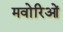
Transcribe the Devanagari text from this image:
मवोरिओं